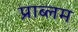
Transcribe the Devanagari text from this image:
प्राब्लम